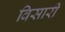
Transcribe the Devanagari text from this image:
विसारी